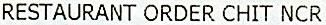
RESTAURANT ORDER CHIT NCR